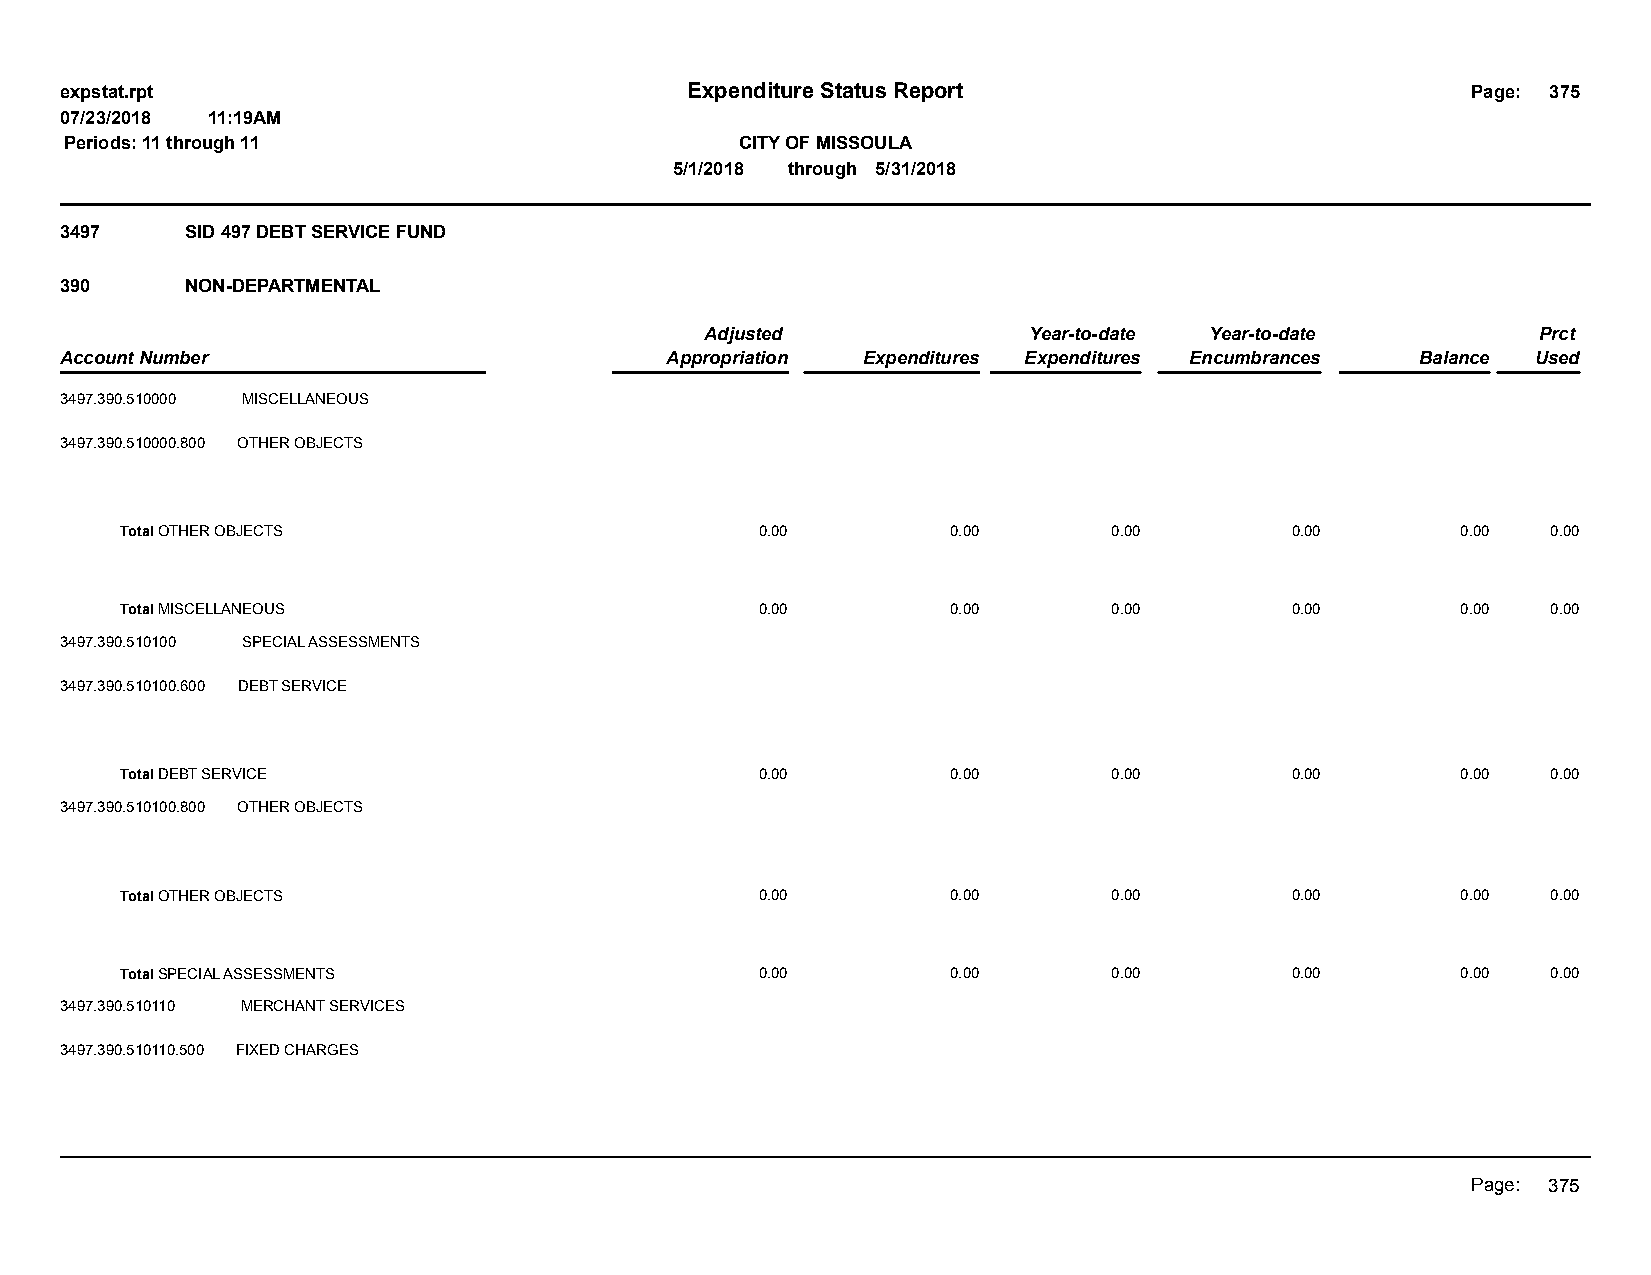
expstat.rpt                              Expenditure Status Report                           Page: 375
 07/23/2018 11:19AM
 Periods: 11 through 11                       CITY OF MISSOULA
 5/1/2018 through 5/31/2018
 3497    SID 497 DEBT SERVICE FUND
 390     NON-DEPARTMENTAL
 Adjusted             Year-to-date Year-to-date         Prct
 Account Number                          Appropriation Expenditures Expenditures Encumbrances Balance Used
 3497.390.510000 MISCELLANEOUS
 3497.390.510000.800 OTHER OBJECTS
 Total OTHER OBJECTS                       0.00         0.00       0.00       0.00        0.00  0.00
 Total MISCELLANEOUS                       0.00         0.00       0.00       0.00        0.00  0.00
 3497.390.510100 SPECIAL ASSESSMENTS
 3497.390.510100.600 DEBT SERVICE
 Total DEBT SERVICE                        0.00         0.00       0.00       0.00        0.00  0.00
 3497.390.510100.800 OTHER OBJECTS
 Total OTHER OBJECTS                       0.00         0.00       0.00       0.00        0.00  0.00
 Total SPECIAL ASSESSMENTS                 0.00         0.00       0.00       0.00        0.00  0.00
 3497.390.510110 MERCHANT SERVICES
 3497.390.510110.500 FIXED CHARGES
 Page: 375